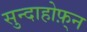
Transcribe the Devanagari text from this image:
सुन्दाहोफ़्न